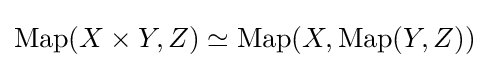
\operatorname {Map} (X\times Y,Z)\simeq \operatorname {Map} (X,\operatorname {Map} (Y,Z))